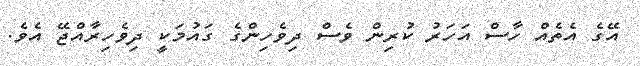
އޭގެ އެތެއް ހާސް އަހަރު ކުރިން ވެސް ދިވެހިންގެ ގައުމަކީ ދިވެހިރާއްޖޭ އެވެ.